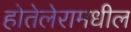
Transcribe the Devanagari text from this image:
होतेलेरामधील